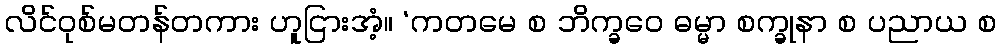
လိင်ဝုစ်မတန်တကား ဟူငြားအံ့။ ‘ကတမေ စ ဘိက္ခဝေ ဓမ္မာ စက္ခုနာ စ ပညာယ စ